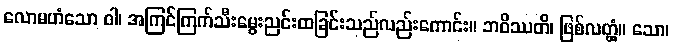
လောမဟံသော ဝါ၊ အကြင်ကြက်သီးမွေးညင်းထခြင်းသည်လည်းကောင်း။ ဘဝိဿတိ၊ ဖြစ်လတ္တံ့။ သော၊